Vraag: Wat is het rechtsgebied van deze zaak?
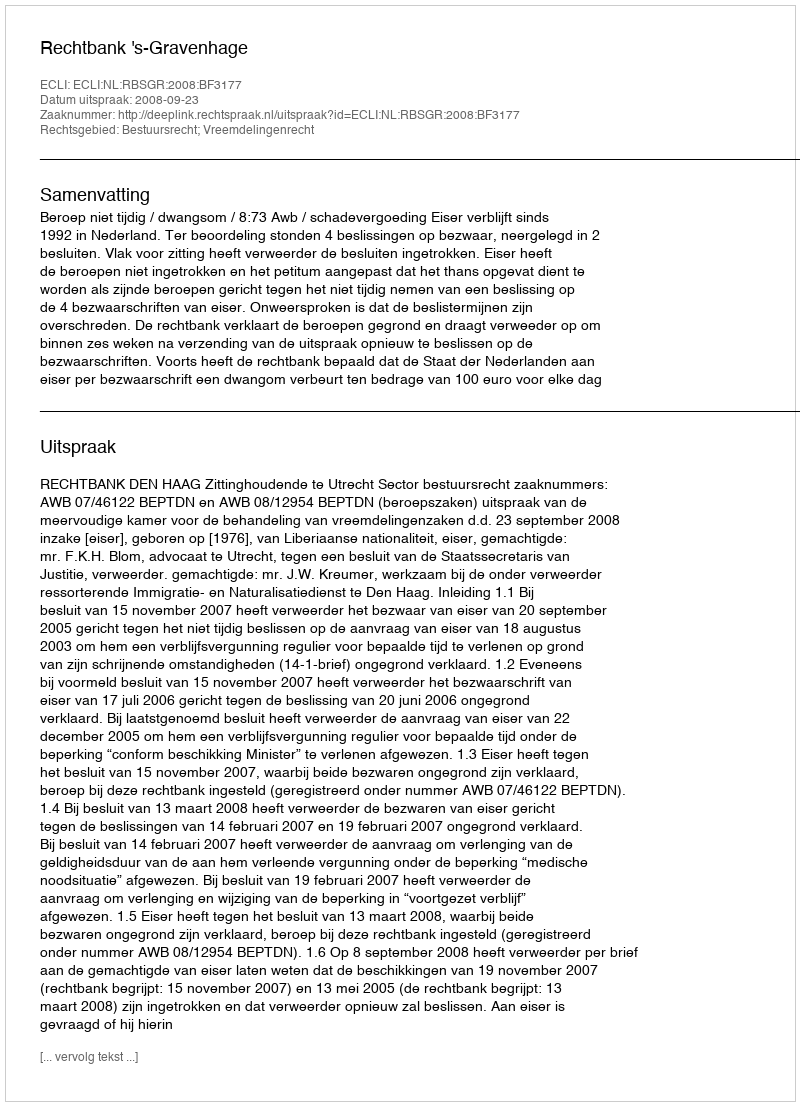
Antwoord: Bestuursrecht; Vreemdelingenrecht